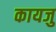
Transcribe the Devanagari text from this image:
कायजु